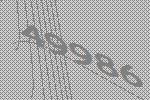
49986